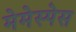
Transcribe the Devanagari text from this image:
मेमेस्पेस